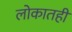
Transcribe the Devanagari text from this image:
लोकातही